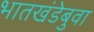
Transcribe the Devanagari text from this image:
भातखंडेबुवा